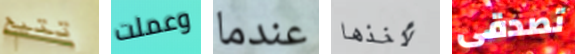
تتيح وعملت عندما لأخذها تصدقى